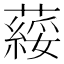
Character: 䕑